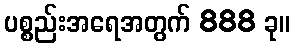
ပစ္စည်းအရေအတွက် 888 ခု။